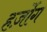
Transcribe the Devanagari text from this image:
हर्ज़ोग